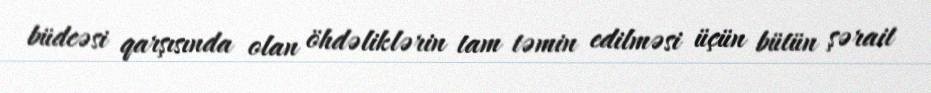
büdcəsi qarşısında olan öhdəliklərin tam təmin edilməsi üçün bütün şərait